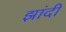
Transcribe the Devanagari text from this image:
झांदी